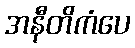
အနီတိကံပေ